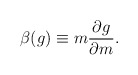
\begin{align*}\beta(g)\equiv m {\partial g \over \partial m}.\end{align*}